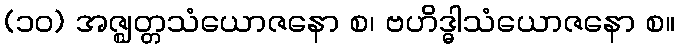
(၁၀) အဇ္ဈတ္တသံယောဇနော စ၊ ဗဟိဒ္ဓါသံယောဇနော စ။